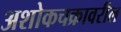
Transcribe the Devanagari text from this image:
अशोकचक्रावरील